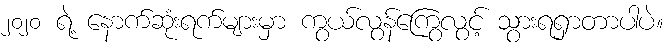
၂၀၂၀ ရဲ့ နောက်ဆုံးရက်များမှာ ကွယ်လွန်ကြွေလွင့် သွားရရှာတာပါပဲ။